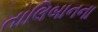
તાલિબાનના